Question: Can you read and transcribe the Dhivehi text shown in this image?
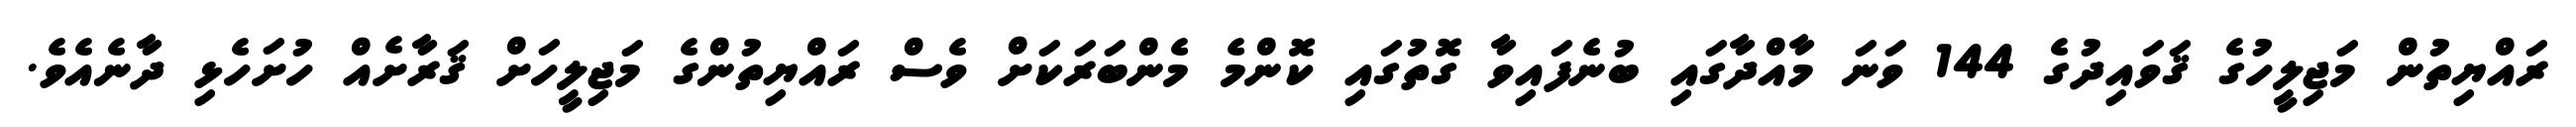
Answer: ރައްޔިތުން މަޖިލީހުގެ ޤަވައިދުގެ 144 ވަނަ މާއްދާގައި ބުނެފައިވާ ގޮތުގައި ކޮންމެ މެންބަރަކަށް ވެސް ރައްޔިތުންގެ މަޖިލީހަށް ޤަރާށެއް ހުށަހެޅި ދާނެއެވެ.